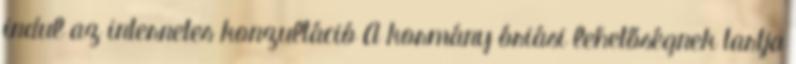
indul az internetes konzultáció A kormány óriási lehetőségnek tartja